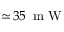
\simeq \! 3 5 \ensuremath { \, \mathrm { ~ m ~ W ~ } }